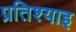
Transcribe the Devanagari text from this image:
प्रतिश्याइ